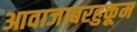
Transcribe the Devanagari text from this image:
आवाजाबरहुकूम